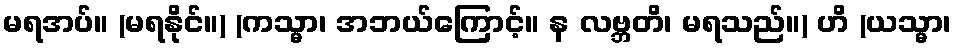
မရအပ်။ (မရနိုင်။) (ကသ္မာ၊ အဘယ်ကြောင့်။ န လဗ္ဘတိ၊ မရသည်။) ဟိ (ယသ္မာ၊